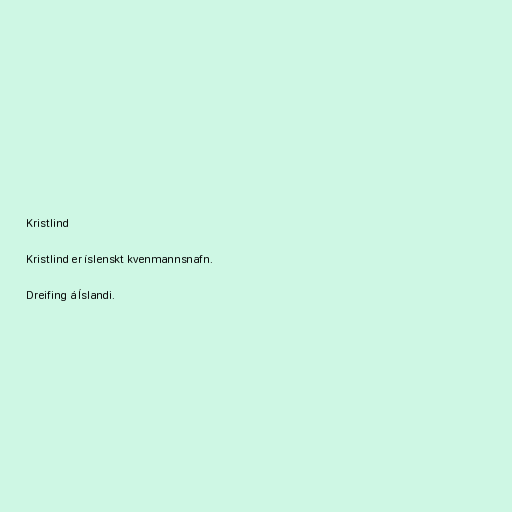
Kristlind

Kristlind er íslenskt kvenmannsnafn.

Dreifing á Íslandi.